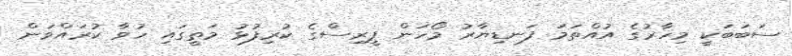
ސަބަބަކީ މިހާރުގެ އުއްތަމަ ފަނޑިޔާރު މޯހަން ޕީރިސްގެ ކުރިފުޅު މަތީގައި ހުވާ ކުރައްވަން